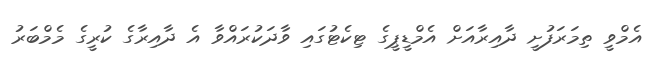
އެމްވީ ތިމަރަފުށީ ދާއިރާއަށް އެމްޑީޕީގެ ޓިކެޓުގައި ވާދަކުރައްވާ އެ ދާއިރާގެ ކުރީގެ މެމްބަރު